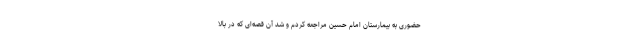
حضوری به بیمارستان امام حسین مراجعه کردم و شد آن قصه‌ای که در بالا